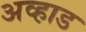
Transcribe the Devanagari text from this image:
अव्हाड